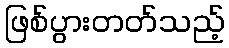
ဖြစ်ပွားတတ်သည့်